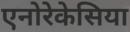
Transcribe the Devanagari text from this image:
एनोरेकेसिया